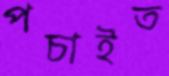
পচাইত